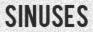
SINUSES